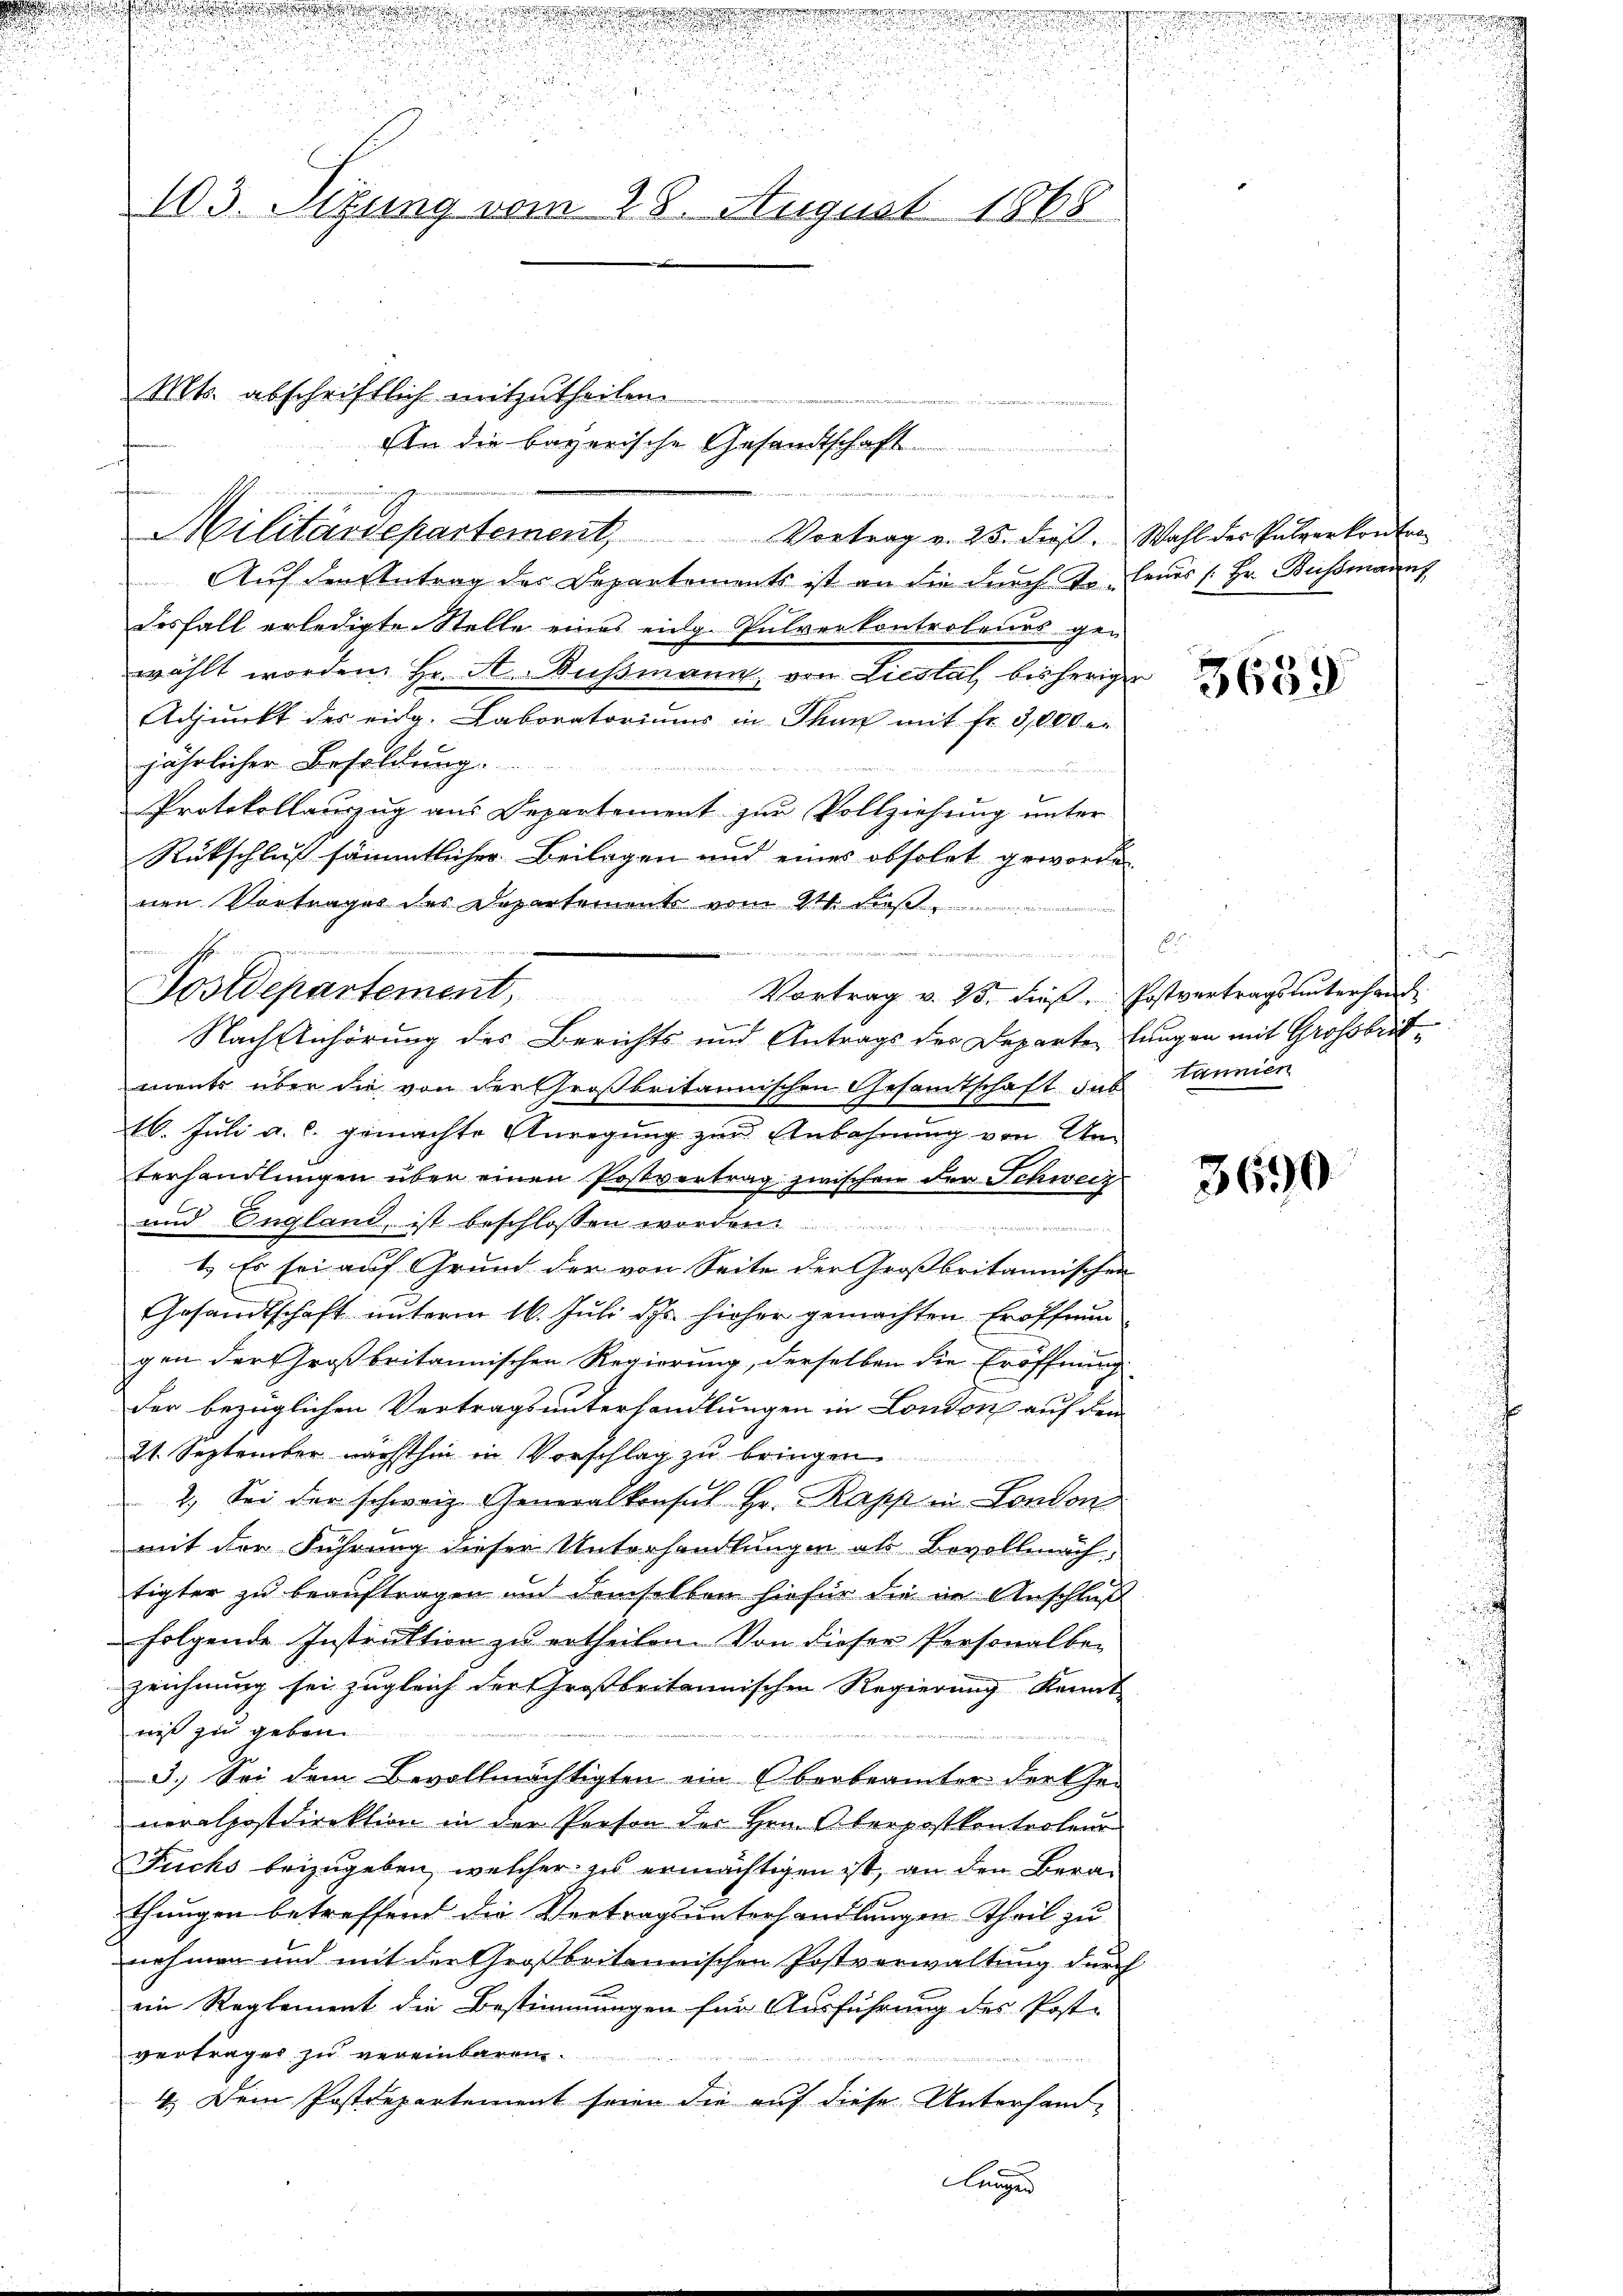
u

dchen
.

u

.
103. Sizung vom 28. August 1868

d

Mts. abschriftlich mitzutheilen.

Militärdepartement, Vortrag v. 25. die Wahl des Pulverkontra
Auf den Antrag des Departements ist an die durch To- Feuer (Hr. Bussmanns
desfall erledigte Stelle eines eidg. Pulverkontroleurs gen
wählt worden Hr. A. Bußmann, von Liestal bisheriger
Adjunkt des eidg. Laboratoriums in Thun mit fr. 3000 er
jährlicher Besoldung.

Protokollauszug aus Departement zur Vollziehung unter
Rückschluß sämmtlicher Beilagen und eines obsolet geworde
nen Vortrages des Departement vom 9ten dieß.
.
Vortrag v. 25. dieß Postvertragsunterhand
Nach Anhörung des Berichts und Antrags der Departe langen mit Großbritments über die von der Großbritannischen Gesamtschaft sub
16. Juli a. c. gemachte Anregung zur Anbahnung von Unterhandlungen über einen Postvertrag zwischen der Schweiz
und England, ist beschlossen worden.
1.) Es sei auf Grund der von Seite der Großbritannischen
Gesandtschaft unterm 16. Juli des hieher gemachten Eröffnung
gen der Großbritannischen Regierung, derselben die Eröffnung
der bezüglichen Vertragsunterhandlungen in London auf den
21. September nächsthin in Vorschlag zu bringen
2.) Sei der schweiz. Generalkonsul Hr. Rapp in London
mit der Führung dieser Unterhandlungen als Bevollmäch
tigter zu beauftragen und demselben hiefür die in Anschluß
folgende Instruktion zu ertheilen. Von dieser Personalbe-
zeichnung sei zugleich der Großbritannischen Regierung kannt
niß zu geben.
3.) Sei dem Bevollmächtigten ein Oberbeamter der Ehe-
neralpostdirektion in der Person der Hrn. Oberpostkontrolen
Fuchs beizugeben, welcher es ermächtigen ist, an den Berathungen betreffend die Vertragsunterhandlungen Theil zu
nehmen und mit der Großbritannischen Postverwaltung durch
ein Reglement die Bestimmungen für Ausführung des Post-
vertrages zu vereinbaren.
4.) Dem Postdepartement seien die auf diese Unterhand-
Langen

Von die bayerische Gesandtschaft

E
Dostdepartement,

d . . . 115 der Manne

3639

i
tannien

3690

.